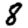
Digit: 8